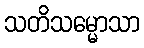
သတိသမ္မောသာ